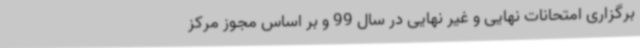
برگزاری امتحانات نهایی و غیر نهایی در سال 99 و بر اساس مجوز مرکز